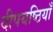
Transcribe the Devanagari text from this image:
दीपयष्ठियाँ